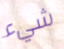
شيء